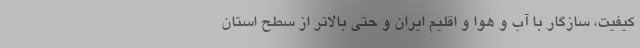
کیفیت، سازگار با آب و هوا و اقلیم ایران و حتی بالاتر از سطح استان